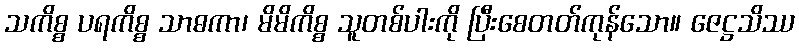
သကိစ္စ ပရကိစ္စ သာဓကာ၊ မိမိကိစ္စ သူတစ်ပါးကို ပြီးစေတတ်ကုန်သော။ ဇေဋ္ဌသိဿ